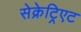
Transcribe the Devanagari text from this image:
सेक्रेट्रिएट